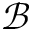
\mathcal { B }